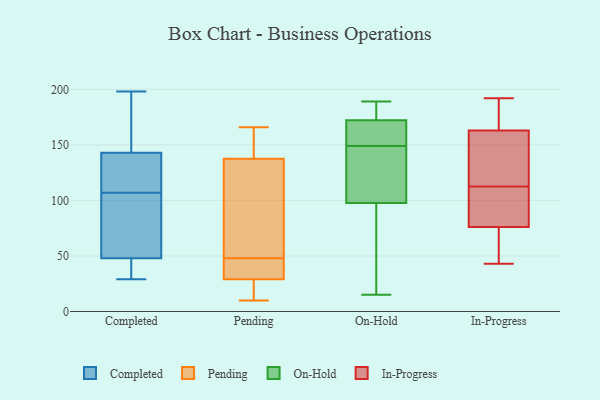
{"axis": {"x": "Satisfaction Score", "y": "Value"}, "legend": ["Completed", "In-Progress", "On-Hold", "Pending"], "data": [{"x": "", "y": 143, "type": "Completed"}, {"x": "", "y": 198, "type": "Completed"}, {"x": "", "y": 143, "type": "Completed"}, {"x": "", "y": 48, "type": "Completed"}, {"x": "", "y": 99, "type": "Completed"}, {"x": "", "y": 115, "type": "Completed"}, {"x": "", "y": 29, "type": "Completed"}, {"x": "", "y": 48, "type": "Completed"}, {"x": "", "y": 193, "type": "Completed"}, {"x": "", "y": 36, "type": "Completed"}, {"x": "", "y": 45, "type": "Pending"}, {"x": "", "y": 29, "type": "Pending"}, {"x": "", "y": 143, "type": "Pending"}, {"x": "", "y": 166, "type": "Pending"}, {"x": "", "y": 27, "type": "Pending"}, {"x": "", "y": 48, "type": "Pending"}, {"x": "", "y": 138, "type": "Pending"}, {"x": "", "y": 12, "type": "Pending"}, {"x": "", "y": 48, "type": "Pending"}, {"x": "", "y": 10, "type": "Pending"}, {"x": "", "y": 145, "type": "Pending"}, {"x": "", "y": 91, "type": "Pending"}, {"x": "", "y": 116, "type": "Pending"}, {"x": "", "y": 136, "type": "Pending"}, {"x": "", "y": 29, "type": "Pending"}, {"x": "", "y": 15, "type": "On-Hold"}, {"x": "", "y": 121, "type": "On-Hold"}, {"x": "", "y": 166, "type": "On-Hold"}, {"x": "", "y": 154, "type": "On-Hold"}, {"x": "", "y": 129, "type": "On-Hold"}, {"x": "", "y": 176, "type": "On-Hold"}, {"x": "", "y": 149, "type": "On-Hold"}, {"x": "", "y": 182, "type": "On-Hold"}, {"x": "", "y": 164, "type": "On-Hold"}, {"x": "", "y": 189, "type": "On-Hold"}, {"x": "", "y": 133, "type": "On-Hold"}, {"x": "", "y": 111, "type": "On-Hold"}, {"x": "", "y": 171, "type": "On-Hold"}, {"x": "", "y": 55, "type": "On-Hold"}, {"x": "", "y": 181, "type": "On-Hold"}, {"x": "", "y": 58, "type": "On-Hold"}, {"x": "", "y": 31, "type": "On-Hold"}, {"x": "", "y": 150, "type": "In-Progress"}, {"x": "", "y": 63, "type": "In-Progress"}, {"x": "", "y": 164, "type": "In-Progress"}, {"x": "", "y": 76, "type": "In-Progress"}, {"x": "", "y": 182, "type": "In-Progress"}, {"x": "", "y": 163, "type": "In-Progress"}, {"x": "", "y": 192, "type": "In-Progress"}, {"x": "", "y": 108, "type": "In-Progress"}, {"x": "", "y": 44, "type": "In-Progress"}, {"x": "", "y": 101, "type": "In-Progress"}, {"x": "", "y": 81, "type": "In-Progress"}, {"x": "", "y": 117, "type": "In-Progress"}, {"x": "", "y": 43, "type": "In-Progress"}, {"x": "", "y": 152, "type": "In-Progress"}]}